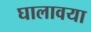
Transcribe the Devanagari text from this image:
घालावया